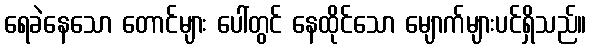
ရေခဲနေသော တောင်များ ပေါ်တွင် နေထိုင်သော မျောက်များပင်ရှိသည်။